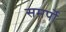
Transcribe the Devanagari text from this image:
समर्पो